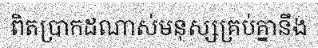
ពិតប្រាកដណាស់មនុស្សគ្រប់គ្នានឹង